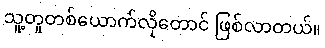
သူ့တူတစ်ယောက်လိုတောင် ဖြစ်လာတယ်။